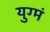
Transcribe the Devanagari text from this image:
युग्मं